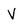
Character: v